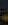
-